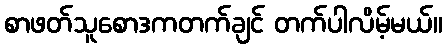
စာဖတ်သူစောဒကတက်ချင် တက်ပါလိမ့်မယ်။